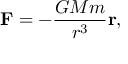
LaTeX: \mathbf { F } = - { \frac { G M m } { r ^ { 3 } } } \mathbf { r } ,